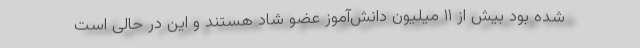
شده بود بیش از ۱۱ میلیون دانش‌آموز عضو شاد هستند و این در حالی است